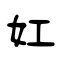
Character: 妅